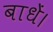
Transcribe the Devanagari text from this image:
बाधें।